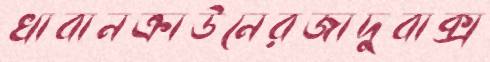
খাবানক্রাউনেরজাদুবাক্স